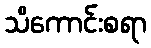
သိကောင်းစရာ